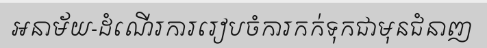
អនាម័យ-ដំណើរការរៀបចំការកក់ទុកជាមុនជំនាញ